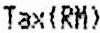
TAX(RM)